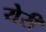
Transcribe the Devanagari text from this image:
येरी